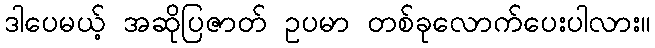
ဒါပေမယ့် အဆိုပြဇာတ် ဥပမာ တစ်ခုလောက်ပေးပါလား။